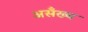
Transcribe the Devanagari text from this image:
असँख्य